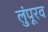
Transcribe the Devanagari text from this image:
लुंपूरव